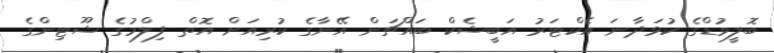
ބޮލީވުޑްގެ ކުޅަދާނަ އެކްޓަރު އަބީޝެކް ބައްޗަން އޭނާގެ ކުރިއަށް އޮތް ފިލްމުގެ ޝޫޓިންގެ